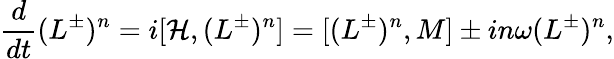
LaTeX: {\frac{d}{dt}}{(L^{\pm})^{n}}=i[{\cal H},(L^{\pm})^{n}]=[(L^{\pm})^{n},{M}]\pm in\omega(L^{\pm})^{n},